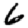
Digit: 6